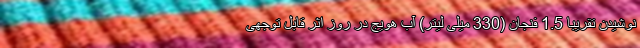
نوشیدن تقریبا 1.5 فنجان (330 میلی لیتر) آب هویج در روز اثر قابل توجهی